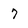
Character: 7